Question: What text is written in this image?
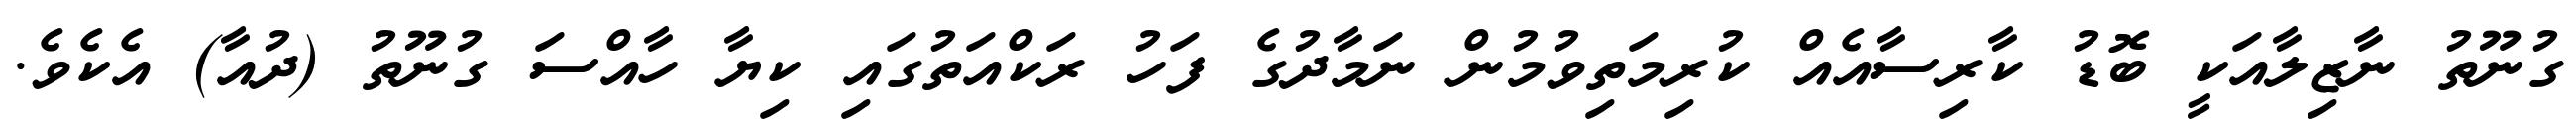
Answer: ގުނޫތު ނާޒިލާއަކީ ބޮޑު ކާރިސާއެއް ކުރިމަތިވުމުން ނަމާދުގެ ފަހު ރަކްއަތުގައި ކިޔާ ހާއްސަ ގުނޫތު (ދުއާ) އެކެވެ.